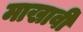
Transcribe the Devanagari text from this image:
माखावी